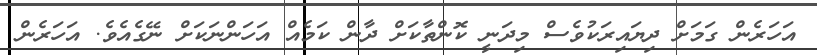
އަހަރެން ގަމަށް ދިޔައިރަކުވެސް މިދަނީ ކޮންތާކަށް ދާން ކަމެއް އަހަންނަކަށް ނޭގެއެވެ. އަހަރެން